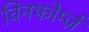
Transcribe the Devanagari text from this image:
विनफोर्म्ज़